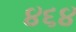
૪૬૪